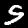
Label: 5